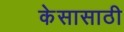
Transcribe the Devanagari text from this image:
केसासाठी